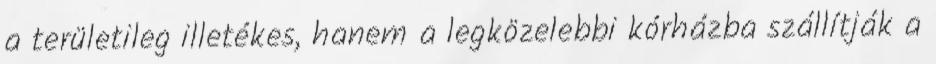
a területileg illetékes, hanem a legközelebbi kórházba szállítják a